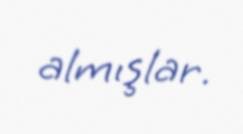
almışlar.